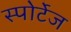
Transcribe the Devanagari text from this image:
स्पोर्टेज